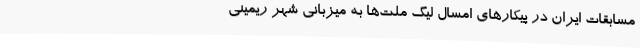
مسابقات ایران در پیکارهای امسال لیگ ملت‌ها به میزبانی شهر ریمینی